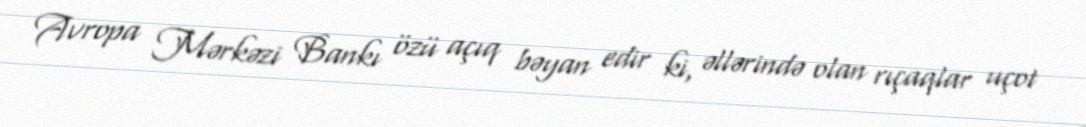
Avropa Mərkəzi Bankı özü açıq bəyan edir ki, əllərində olan rıçaqlar uçot